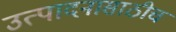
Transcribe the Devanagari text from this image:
उत्पादनासाठीच